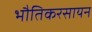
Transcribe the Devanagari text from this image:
भौतिकरसायन